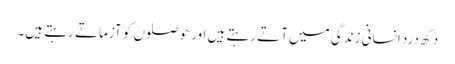
دکھ درد انسانی زندگی میں آتے رہتے ہیں اور حوصلوں کو آزماتے رہتے ہیں۔